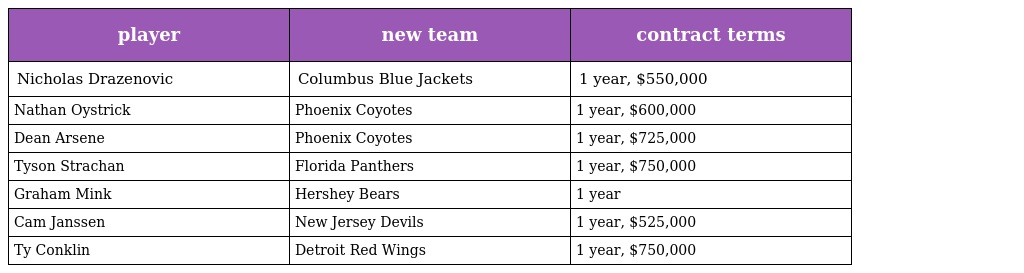
| player | new team | contract terms |
 | --- | --- | --- |
 | Nicholas Drazenovic | Columbus Blue Jackets | 1 year, $550,000 |
 | Nathan Oystrick | Phoenix Coyotes | 1 year, $600,000 |
 | Dean Arsene | Phoenix Coyotes | 1 year, $725,000 |
 | Tyson Strachan | Florida Panthers | 1 year, $750,000 |
 | Graham Mink | Hershey Bears | 1 year |
 | Cam Janssen | New Jersey Devils | 1 year, $525,000 |
 | Ty Conklin | Detroit Red Wings | 1 year, $750,000 |